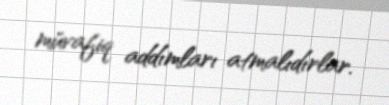
müvafiq addımları atmalıdırlar.